Report of the Bombay Veterinary College
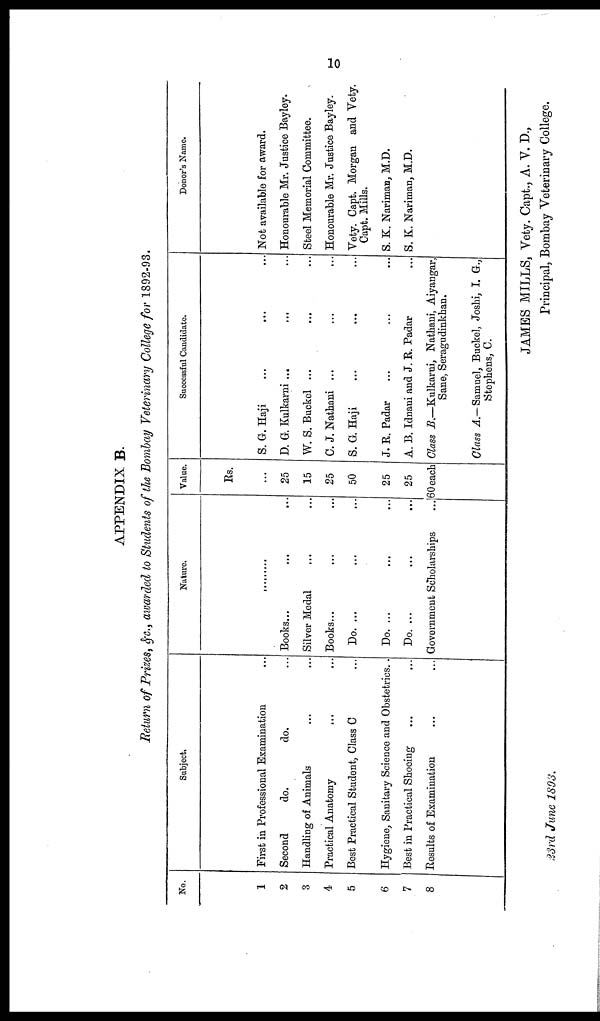
10
APPENDIX B.
Return of Prizes, &c., awarded to Students of the Bombay Veterinary College for 1892-93.
No.
1
2
3
4
5
6
7
8
Subject.
First in Professional Examination
Second
do.
do.
Handling of Animals
Practical Anatomy
...
Best Practical Student, Class C
Hygiene, Sanitary Science and Obstetrics..
Best in Practical Shoeing
Results of Examination
Nature.
Books...
Silver Medal
Books...
Do. ...
Do. ...
Do. ...
Government Scholarships
Value.
Rs.
25
15
25
50
25
25
60 each
Successful Candidate.
S. G. Haji
D. G. Kulkarni ...
W. S. Buckel ...
C. J. Nathani ...
S. G. Haji
J. R. Padar
A. B. Idnani and J. R. Padar
Class B.—Kulkarni, Nathani, Aiyangar,
Sane, Seragudinkhan.
Class A.— Samuel, Buckel, Joshi, I. G-.,
Stephens, C.
Donor's Name.
Not available for award.
Honourable Mr. Justice Bayley
Steel Memorial Committee.
Honourable Mr. Justice Bayley
Vety. Capt. Morgan and Vety
Capt. Mills.
S. K. Nariman, M.D.
S. K. Nariman, M.D.
JAMES MILLS, Vety. Capt., A. V. D.,
Principal, Bombay Veterinary College.
23rd June 1893.